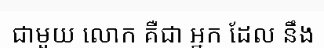
ជាមួយ លោក គឺជា អ្នក ដែល នឹង